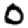
Digit: 0